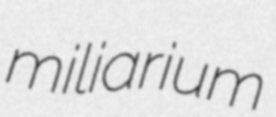
miliarium